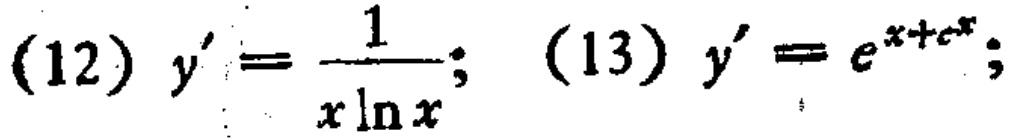
(12) \(y'=\frac{1}{x\ln x}\); (13) \(y' = e^{x + e^{x}}\);